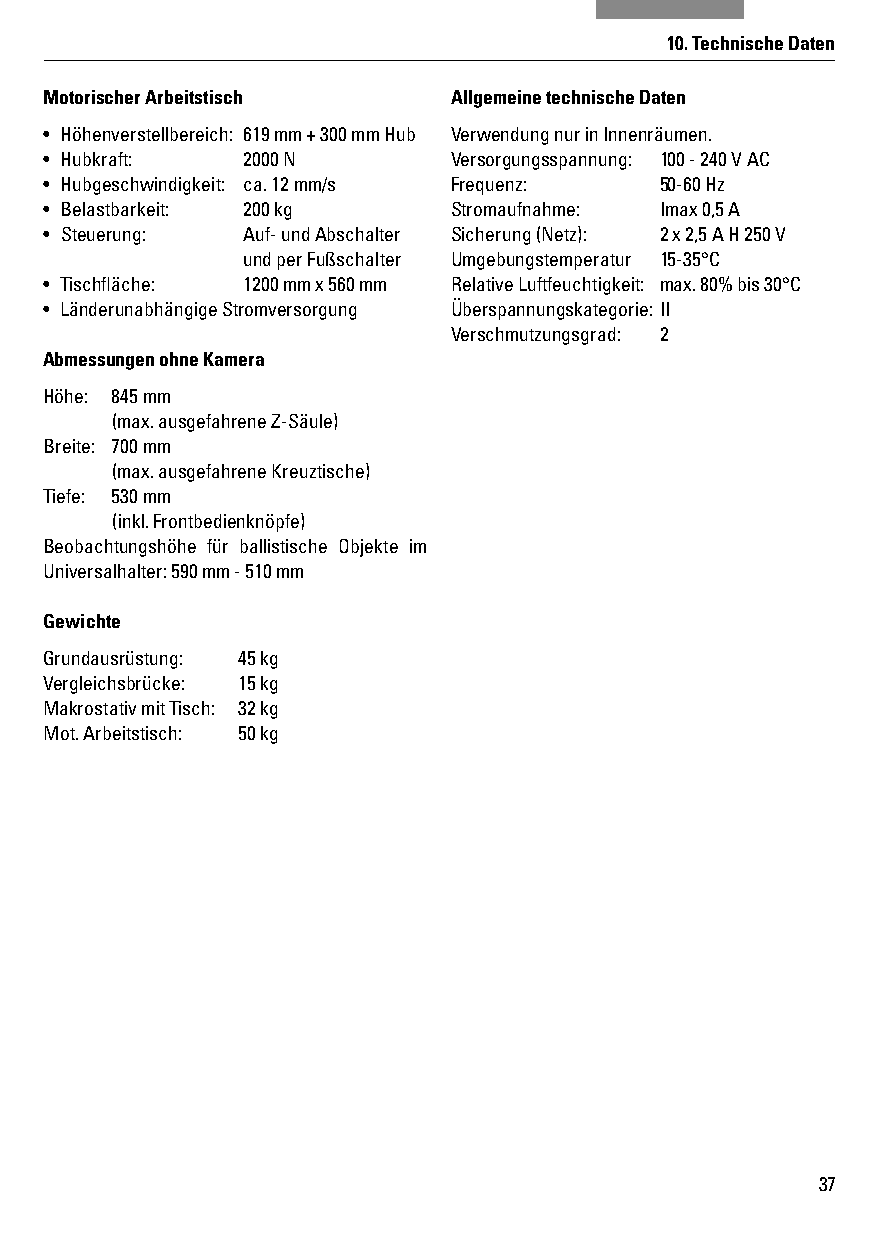
10. Technische Daten
 Motorischer Arbeitstisch   Allgemeine technische Daten
 • Höhenverstellbereich: 619 mm + 300 mm Hub Verwendung nur in Innenräumen.
 • Hubkraft:  2000 N        Versorgungsspannung: 100 - 240 V AC
 • Hubgeschwindigkeit: ca. 12 mm/s Frequenz: 50-60 Hz
 • Belastbarkeit: 200 kg    Stromaufnahme: Imax 0,5 A
 • Steuerung: Auf- und Abschalter Sicherung (Netz): 2 x 2,5 A H 250 V
 und per Fußschalter Umgebungstemperatur 15-35°C
 • Tischfl äche: 1200 mm x 560 mm Relative Luftfeuchtigkeit: max. 80% bis 30°C
 • Länderunabhängige Stromversorgung Überspannungskategorie: II
 Verschmutzungsgrad: 2
 Abmessungen ohne Kamera
 Höhe: 845 mm
 (max. ausgefahrene Z-Säule)
 Breite: 700 mm
 (max. ausgefahrene Kreuztische)
 Tiefe: 530 mm
 (inkl. Frontbedienknöpfe)
 Beobachtungshöhe für ballistische Objekte im
 Universalhalter: 590 mm - 510 mm
 Gewichte
 Grundausrüstung: 45 kg
 Vergleichsbrücke: 15 kg
 Makrostativ mit Tisch: 32 kg
 Mot. Arbeitstisch: 50 kg
 37